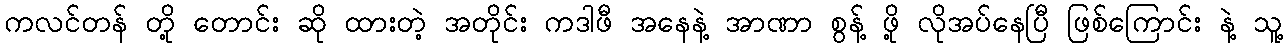
ကလင်တန် တို့ တောင်း ဆို ထားတဲ့ အတိုင်း ကဒါဖီ အနေနဲ့ အာဏာ စွန့် ဖို့ လိုအပ်နေပြီ ဖြစ်ကြောင်း နဲ့ သူ့